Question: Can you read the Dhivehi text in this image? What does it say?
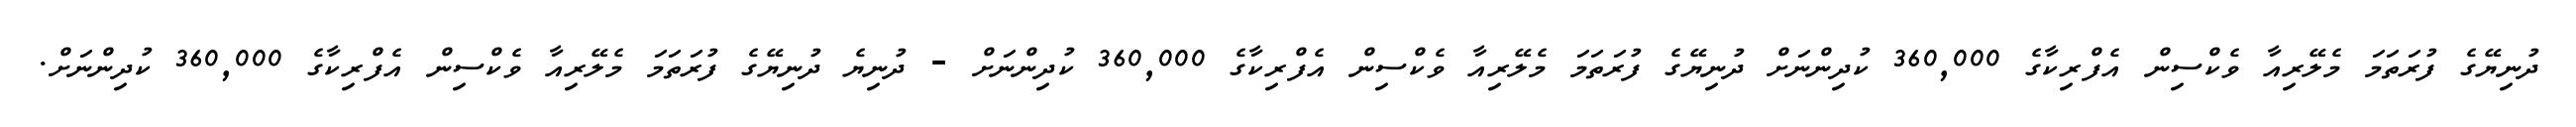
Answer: ދުނިޔޭގެ ފުރަތަމަ މެލޭރިއާ ވެކްސިން އެފްރިކާގެ 360,000 ކުދިންނަށް ދުނިޔޭގެ ފުރަތަމަ މެލޭރިއާ ވެކްސިން އެފްރިކާގެ 360,000 ކުދިންނަށް - ދުނިޔެ ދުނިޔޭގެ ފުރަތަމަ މެލޭރިއާ ވެކްސިން އެފްރިކާގެ 360,000 ކުދިންނަށް.